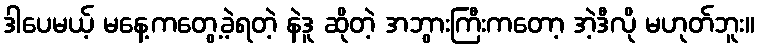
ဒါပေမယ့် မနေ့ကတွေ့ခဲ့ရတဲ့ နဲဒူ ဆိုတဲ့ အဘွားကြီးကတော့ အဲ့ဒီလို မဟုတ်ဘူး။